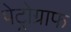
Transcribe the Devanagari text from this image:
पेट्रोग्राफ